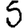
Digit: 5